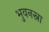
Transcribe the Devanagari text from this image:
भुवनस्ना